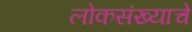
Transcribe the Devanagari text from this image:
लोकसंख्याचे